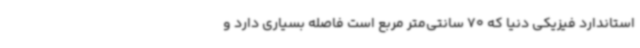
استاندارد فیزیکی دنیا که 70 سانتی‌متر مربع است فاصله بسیاری دارد و